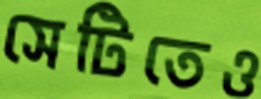
সেটিতেও